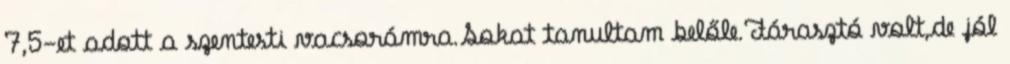
7,5-et adott a szentesti vacsorámra.Sokat tanultam belőle.Fárasztó volt,de jól